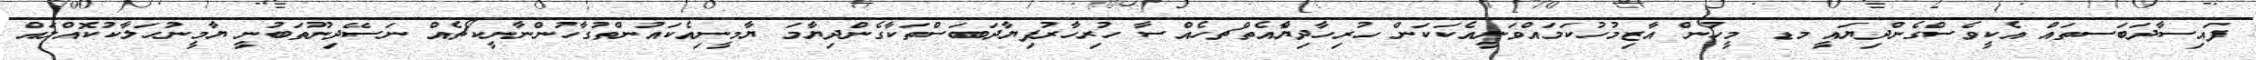
ފައިސާދަބަސތައް އެކީވެސްގެންދިޔައީ މޑ މީހުން އާޒިމުހުކަމައްވަނީއެކަކަން ހުރިހާދިޔާެެއެތްޗހެއްސާ ހުރިހާރުފިޔާދަބަސްތަކާގެންދިޔާމަ ޔާމީނިއެކައުންތުގާހުންނާނީކޯޗެއް ނަސޭދިނޫތަބުނީ ޔާމީނުހަލާކުކޮއްލައް